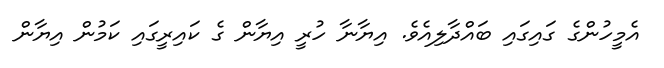
އެމީހުންގެ ގައިގައި ބައްދާލިއެވެ. އިޔާނާ ހުރީ އިޔާން ގެ ކައިރީގައި ކަމުން އިޔާން